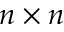
n \times n